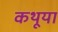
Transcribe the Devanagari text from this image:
कथूया